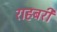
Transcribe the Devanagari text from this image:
राहबरी